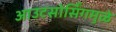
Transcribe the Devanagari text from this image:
आउटसोर्सिंगमुळे